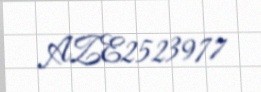
AZE2523977